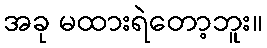
အခု မထားရဲတော့ဘူး။